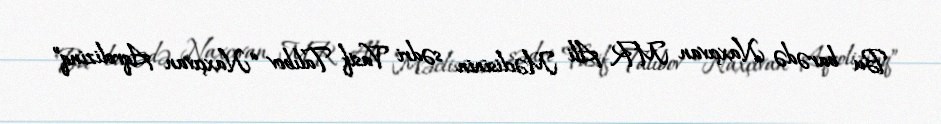
Bu barədə Naxçıvan MR Ali Məclisinin sədri Vasif Talıbov “Naxçıvan Aqrolizinq”